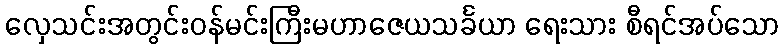
လှေသင်းအတွင်းဝန်မင်းကြီးမဟာဇေယသင်္ခယာ ရေးသား စီရင်အပ်သော